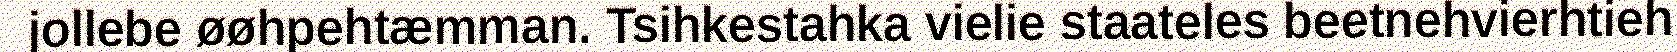
jollebe øøhpehtæmman. Tsihkestahka vielie staateles beetnehvierhtieh